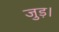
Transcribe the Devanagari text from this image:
जुड़।